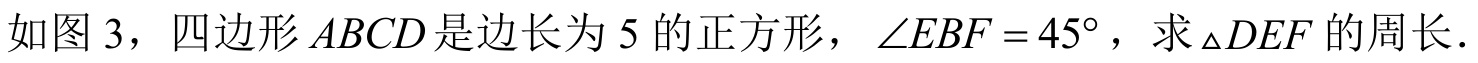
如图 3，四边形 \(ABCD\) 是边长为 \(5\) 的正方形，\(\angle EBF = 45^{\circ}\)，求\(_{\triangle}DEF\) 的周长.